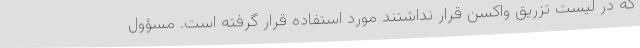
که در لیست تزریق واکسن قرار نداشتند مورد استفاده قرار گرفته است. مسؤول